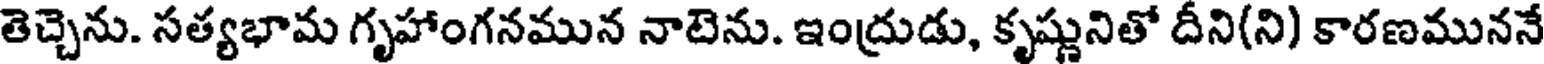
తెచ్చెను. సత్యభామ గృహాంగనమున నాటెను. ఇంద్రుడు, కృష్ణునితో దీని(ని) కారణముననే